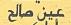
عين صالح